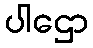
ပါဌော